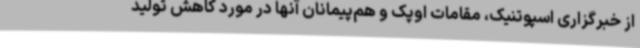
از خبرگزاری اسپوتنیک، مقامات اوپک و هم‌پیمانان آنها در مورد کاهش تولید